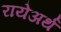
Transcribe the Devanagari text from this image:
रायेअर्थ